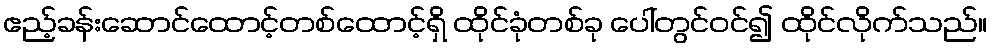
ဧည့်ခန်းဆောင်ထောင့်တစ်ထောင့်ရှိ ထိုင်ခုံတစ်ခု ပေါ်တွင်ဝင်၍ ထိုင်လိုက်သည်။